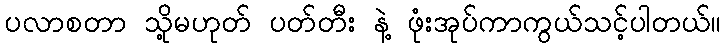
ပလာစတာ သို့မဟုတ် ပတ်တီး နဲ့ ဖုံးအုပ်ကာကွယ်သင့်ပါတယ်။